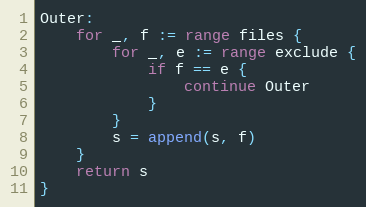
Language: Go
Outer:
	for _, f := range files {
		for _, e := range exclude {
			if f == e {
				continue Outer
			}
		}
		s = append(s, f)
	}
	return s
}